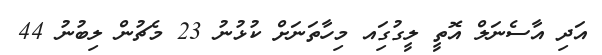
އަދި އާސެނަލް އޮތީ ލީގުގަިއ މިހާތަނަށް ކުޅުނު 23 މެޗުން ލިބުނު 44